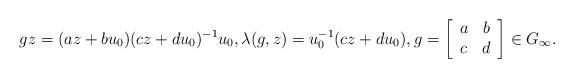
LaTeX: \begin{align*}g z=(az+bu_0)(cz+du_0)^{-1}u_0,\lambda(g,z)=u_0^{-1}(cz+du_0),g=\left[\begin{array}{cc}a & b\\c & d\end{array}\right]\in G_{\infty}.\end{align*}